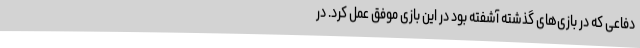
دفاعی که در بازی‌های گذشته آشفته بود در این بازی موفق عمل کرد. در